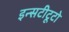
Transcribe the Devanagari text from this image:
इन्सटीटूटो